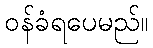
ဝန်ခံရပေမည်။